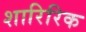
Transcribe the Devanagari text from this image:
शारिरिक